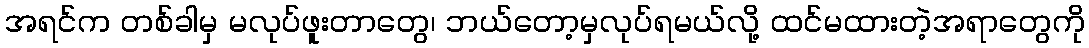
အရင်က တစ်ခါမှ မလုပ်ဖူးတာတွေ၊ ဘယ်တော့မှလုပ်ရမယ်လို့ ထင်မထားတဲ့အရာတွေကို